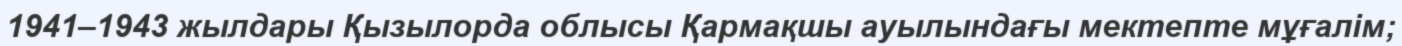
1941–1943 жылдары Қызылорда облысы Қармақшы ауылындағы мектепте мұғалім;